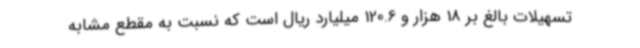
تسهیلات بالغ بر 18 هزار و 120.6 میلیارد ریال است که نسبت به مقطع مشابه